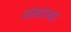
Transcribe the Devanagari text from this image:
संख्याच्या